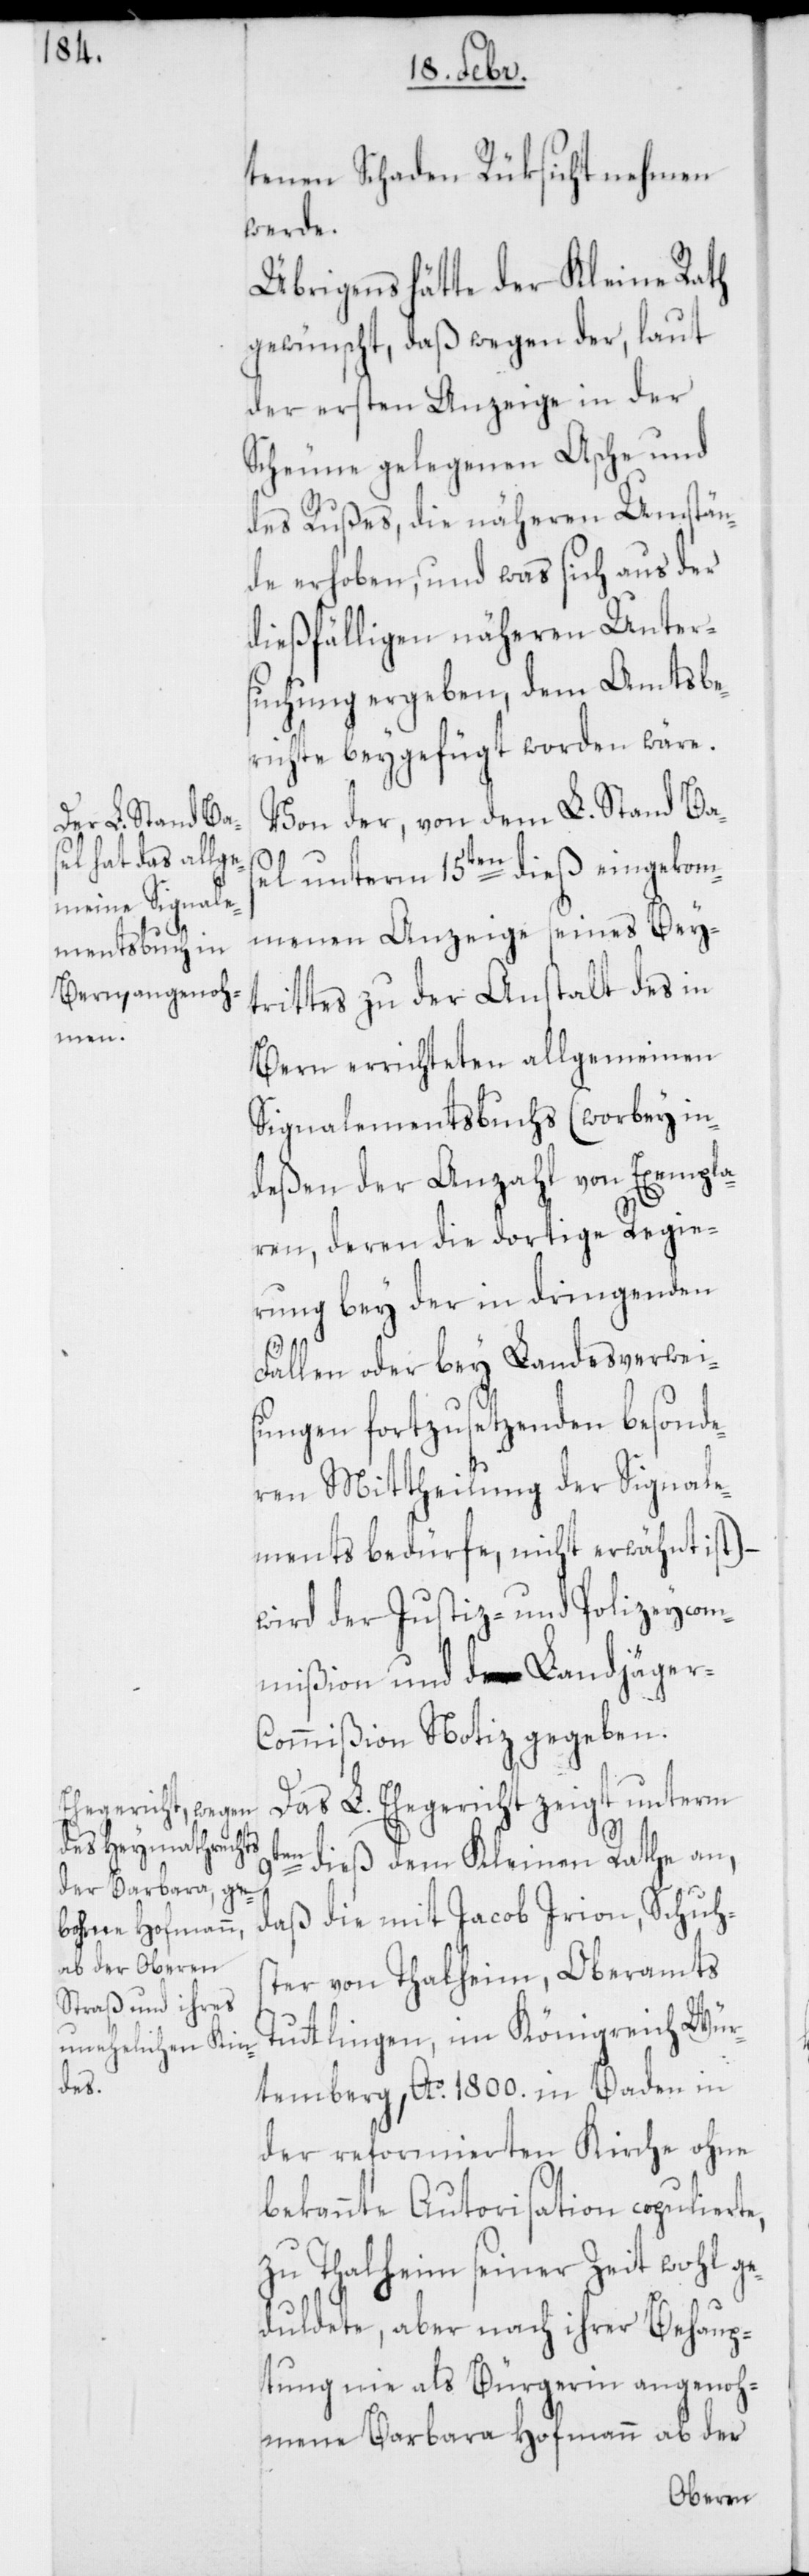
tenen Schaden Rüksicht nehmen
werde.
Übrigens hätte der Kleine Rath
gewünscht, daß wegen der, laut
der ersten Anzeige in der
Scheune gelegenen Asche und
des Rußes, die näheren Umstän¬
de erhoben, und was sich aus der
dießfälligen näheren Unter¬
suchung ergeben, dem Amtsbe¬
richte beygefügt worden wäre.
Von der, von dem L. Stand Ba¬
sel unterm 15ten dieß eingekom¬
menen Anzeige seines Bey¬
trittes zu der Anstalt des in
Bern errichteten allgemeinen
Signalementsbuchs (worbey in¬
deßen der Anzahl von Exempla¬
ren, deren die dortige Regie¬
rung bey der in dringenden
Fällen oder bey Landesverwei¬
sungen fortzusetzenden besonde¬
ren Mittheilung der Signale¬
ments bedürfe, nicht erwähnt ist) –
wird der Justiz- und Polizeycom¬
mißion und Landjäger-C¬
ommißion Notiz gegeben.
Das L. Ehegericht zeigt unterm
dieß dem Kleinen Rathe an,
daß die mit Jacob Irion, Schus¬
ter von Thalheim, Oberamts
Tutlingen, im Königreich Wür¬
temberg, Ao 1800. in Baden in
der reformierten Kirche ohne
bekannte Autorisation copulierte,
zu Thalheim seiner Zeit wohl g¬
eduldete, aber nach ihrer Behaup¬
tung nie als Bürgerin angenoh¬
mene Barbara Hofmann ab der